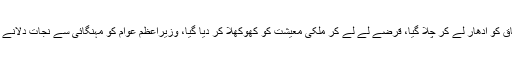
انہوں نے کہا کہ گزشتہ 10سال میں پنجاب اور وفاق کو ادھار لے کر چلا گیا، قرضے لے لے کر ملکی معیشت کو کھوکھلا کر دیا گیا، وزیراعظم عوام کو مہنگائی سے نجات دلانے اور ان کی مشکلات کے ازالے کےلئے پرعزم ہیں۔